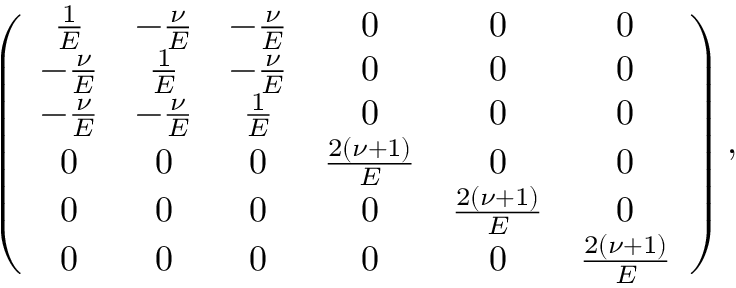
\left( \begin{array} { c c c c c c } { \frac { 1 } { E } } & { - \frac { \nu } { E } } & { - \frac { \nu } { E } } & { 0 } & { 0 } & { 0 } \\ { - \frac { \nu } { E } } & { \frac { 1 } { E } } & { - \frac { \nu } { E } } & { 0 } & { 0 } & { 0 } \\ { - \frac { \nu } { E } } & { - \frac { \nu } { E } } & { \frac { 1 } { E } } & { 0 } & { 0 } & { 0 } \\ { 0 } & { 0 } & { 0 } & { \frac { 2 \left( \nu + 1 \right) } { E } } & { 0 } & { 0 } \\ { 0 } & { 0 } & { 0 } & { 0 } & { \frac { 2 \left( \nu + 1 \right) } { E } } & { 0 } \\ { 0 } & { 0 } & { 0 } & { 0 } & { 0 } & { \frac { 2 \left( \nu + 1 \right) } { E } } \end{array} \right) ,